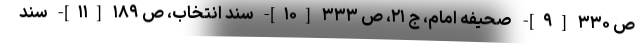
ص ۳۳۰ [۹]- صحیفه امام، ج ۲۱، ص ۳۳۳ [۱۰]- سند انتخاب، ص ۱۸۹ [۱۱]- سند